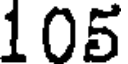
105